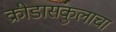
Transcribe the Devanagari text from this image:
क्रीडासंकुलाचा